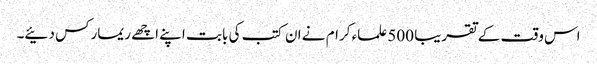
اس وقت کے تقریبا 500 علماء کرام نے ان کتب کی بابت اپنے اچھے ریمارکس دئیے۔